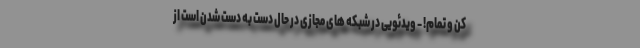
کن و تمام! - ویدئویی در شبکه های مجازی در حال دست به دست شدن است از